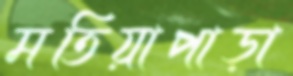
মতিয়াপাড়া